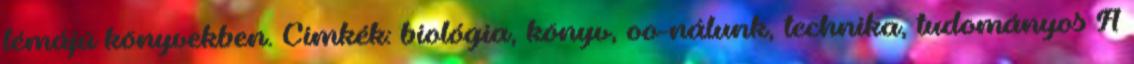
témájú könyvekben. Címkék: biológia, könyv, oo-nálunk, technika, tudományos A